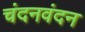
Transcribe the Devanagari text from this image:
चंदनवंदन